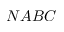
N A B C